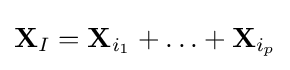
\mathbf {X} _{I}=\mathbf {X} _{i_{1}}+\ldots +\mathbf {X} _{i_{p}}